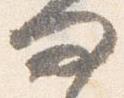
問